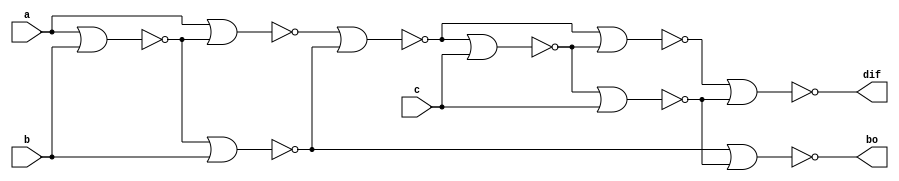
`timescale 1ns / 1ps
//////////////////////////////////////////////////////////////////////////////////
// Company: 
// Engineer: 
// 
// Design Name: 
// Module Name: fs_nor
// Project Name: 
// Target Devices: 
// Tool Versions: 
// Description: 
// 
// Dependencies: 
// 
// Revision:
// Revision 0.01 - File Created
// Additional Comments:
// 
//////////////////////////////////////////////////////////////////////////////////


module fs_nor(input a,b,c, output dif,bo );
wire w1,w2,w3,w4,w5,w6,w7;
nor n1(w1,a,b);
nor n2(w2,a,w1);
nor n3(w3,w1,b);
nor n4(w4,w2,w3);
nor n5(w5,w4,c);
nor n6(w6,w4,w5);
nor n7(w7,w5,c);
nor n8(dif, w6,w7);
nor n9(bo,w3,w7);
endmodule